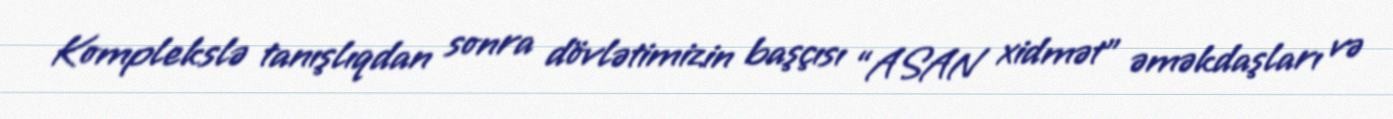
Komplekslə tanışlıqdan sonra dövlətimizin başçısı “ASAN xidmət” əməkdaşları və